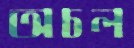
অচল